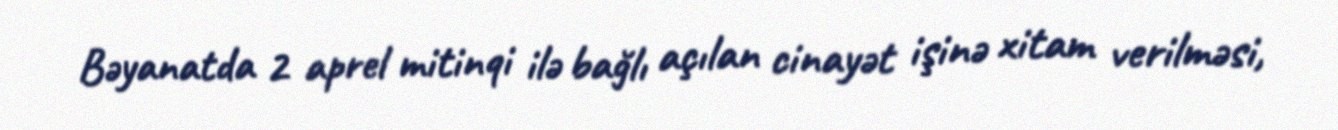
Bəyanatda 2 aprel mitinqi ilə bağlı açılan cinayət işinə xitam verilməsi,